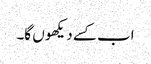
اب کسے دیکھو ں گا۔